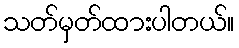
သတ်မှတ်ထားပါတယ်။